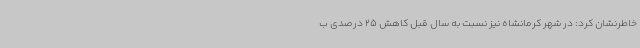
خاطرنشان کرد: در شهر کرمانشاه نیز نسبت به سال قبل کاهش 25 درصدی ب